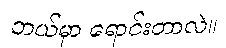
ဘယ်မှာ ရောင်းတာလဲ။